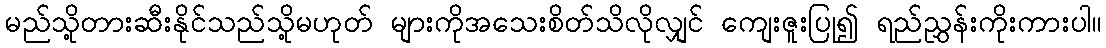
မည်သို့တားဆီးနိုင်သည်သို့မဟုတ် များကိုအသေးစိတ်သိလိုလျှင် ကျေးဇူးပြု၍ ရည်ညွှန်းကိုးကားပါ။